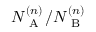
N _ { \mathrm { ~ A ~ } } ^ { ( n ) } / N _ { \mathrm { ~ B ~ } } ^ { ( n ) }